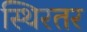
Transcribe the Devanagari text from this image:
स्थिरतर